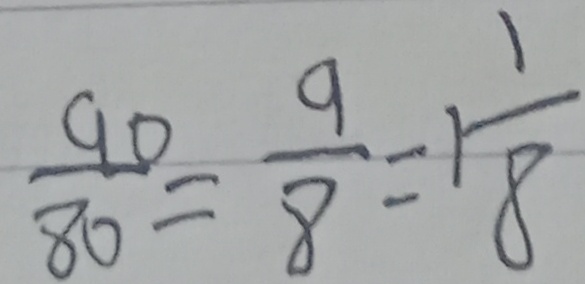
\frac { 9 0 } { 8 0 } = \frac { 9 } { 8 } = 1 \frac { 1 } { 8 }